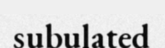
subulated